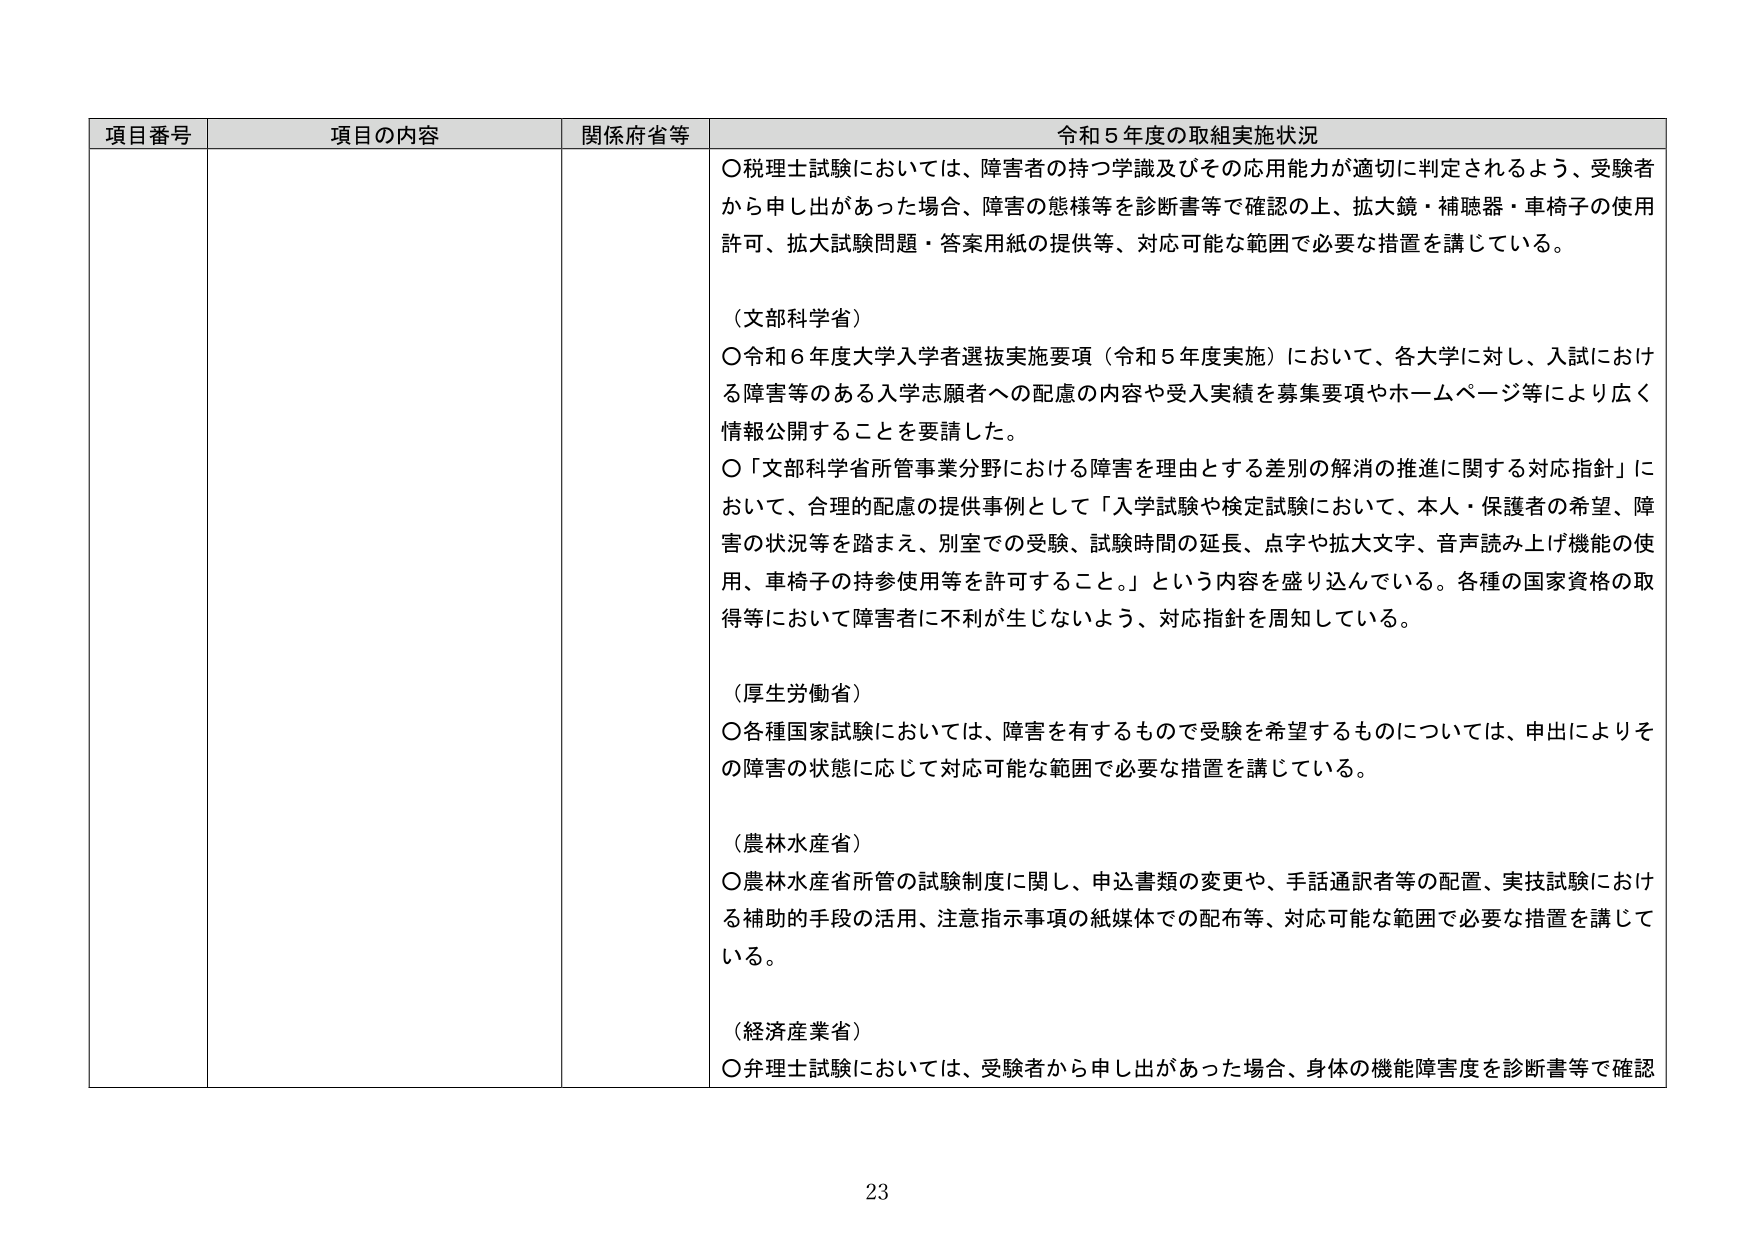
項目番号 項目の内容 関係府省等 令和５年度の取組実施状況
〇税理士試験においては、障害者の持つ学識及びその応用能力が適切に判定されるよう、受験者から申し出があった場合、障害の態様等を診断書等で確認の上、拡大鏡・補聴器・車椅子の使用許可、拡大試験問題・答案用紙の提供等、対応可能な範囲で必要な措置を講じている。
（文部科学省）
〇令和６年度大学入学者選抜実施要項（令和５年度実施）において、各大学に対し、入試における障害等のある入学志願者への配慮の内容や受入実績を募集要項やホームページ等により広く情報公開することを要請した。
〇「文部科学省所管事業分野における障害を理由とする差別の解消の推進に関する対応指針」において、合理的配慮の提供事例として「入学試験や検定試験において、本人・保護者の希望、障害の状況等を踏まえ、別室での受験、試験時間の延長、点字や拡大文字、音声読み上げ機能の使用、車椅子の持参使用等を許可すること。」という内容を盛り込んでいる。各種の国家資格の取得等において障害者に不利が生じないよう、対応指針を周知している。
（厚生労働省）
〇各種国家試験においては、障害を有するもので受験を希望するものについては、申出によりその障害の状態に応じて対応可能な範囲で必要な措置を講じている。
（農林水産省）
〇農林水産省所管の試験制度に関し、申込書類の変更や、手話通訳者等の配置、実技試験における補助的手段の活用、注意指示事項の紙媒体での配布等、対応可能な範囲で必要な措置を講じている。
（経済産業省）
〇弁理士試験においては、受験者から申し出があった場合、身体の機能障害度を診断書等で確認
23